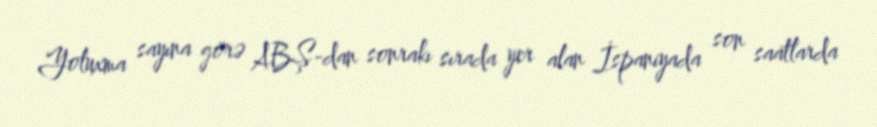
Yoluxma sayına görə ABŞ-dan sonrakı sırada yer alan İspaniyada son saatlarda